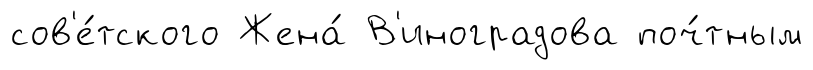
сов'е́тского Жена́ В'иноградова поч́тным